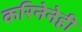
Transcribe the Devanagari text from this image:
करिनेनेही